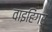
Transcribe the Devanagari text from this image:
वाइहिंगर